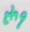
રૂ૧